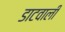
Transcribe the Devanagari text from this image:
डाटवाली